Annual administration report of the Bombay Presidency - 1887-1892
Year: 1887
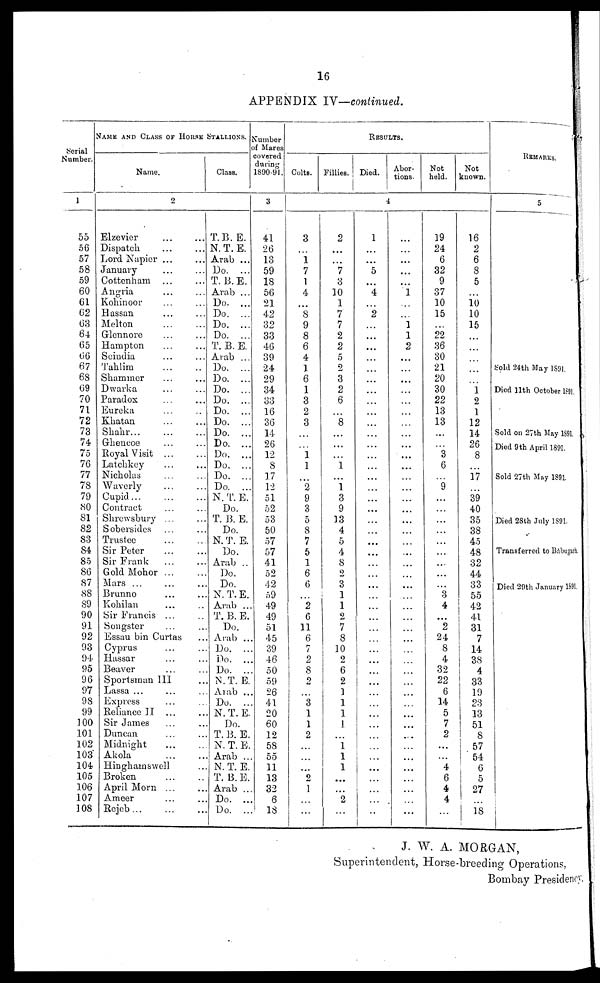
16
APPENDIX IV—continued.
Serial
Number.
1
55
56
57
58
59
60
61
62
63
64
65
66
67
68
69
70
71
72
73
74
75
76
77
78
79
80
81
82
83
84
85
86
87
88
89
90
91
92
93
94
95
96
97
98
99
100
101
102
103
104
105
106
107
108
NAME AND CLASS OF HORSE STALLIONS.
Name.
2
Elzevier ... ...
Dispatch ... ...
Lord Napier ... ...
January ... ...
Cottenham ... ...
Angria ... ...
Kohinoor ... ...
Hassan ... ...
Melton ... ...
Glennore ... ...
Hampton ... ...
Scindia ... ...
Tahlim ... ...
Shammer ... ...
Dwarka ... ...
Paradox ... ...
Eureka ... ...
Khatan ... ...
Shahr ... ... ...
Ghencoe ... ...
Royal Visit ...
Latchkey ... ...
Nicholas ... ...
Waverly ... ...
Cupid... ... ...
Contract ... ...
Shrewsbury ... ...
Sobersides ... ...
Trustee ... ...
Sir Peter ... ...
Sir Frank ... ...
Gold Mohor ... ...
Mars ... ... ...
Brunno ... ...
Kohilan ... ...
Sir Francis ...
Songster ... ...
Essau bin Curtas ... ...
Cyprus ... ...
Hassar ... ...
Beaver ... ...
Sportsman III ...
Lassa ... ... ...
Express ... ...
Reliance II ...
Sir James ... ...
Duncan ... ...
Midnight ... ...
Akola ... ...
Hinghamswell ...
Broken ... ...
April Morn ... ...
Ameer ... ...
Rejeb ... ... ...
Class.
T.B. E.
N. T. E.
Arab ...
Do. ...
T. B. E.
Arab ...
Do. ...
Do. ...
Do. ...
Do. ...
T. B. E.
Arab ...
Do. ...
Do. ...
Do. ...
Do. ...
Do. ...
Do. ...
Do. ...
Do. ...
Do. ...
Do. ...
Do. ...
Do. ...
N. T. E.
Do.
T. B. E.
Do.
N. T. E.
Do.
Arab ..
Do.
Do.
N. T. E.
Arab ...
T. B. E.
Do.
Arab ...
Do. ...
Do. ...
Do. ...
N.T. E.
Arab ...
Do. ...
N. T. E.
Do.
T. B. E.
N. T. E.
Arab ...
N. T. E.
T. B. E.
Arab ...
Do. ...
Do. ...
Number
of Mares
covered
during
1890-91.
3
41
26
13
59
18
56
21
42
32
33
46
39
24
29
34
33
16
36
14
26
12
8
17
12
51
52
53
50
57
57
41
52
42
59
49
49
51
45
39
46
50
59
26
41
20
60
12
58
55
11
13
32
6
18
RESULTS.
Colts.
3
...
1 7
1
4
...
8
9
8
6
4
1
6
1
3
2
3
...
...
1
1
...
2 9
3
5
8
7
5
1
6
6
...
2
6
11
6
7
2
8
2
...
3
1
1
2
...
...
...
2
1
...
...
Fillies.
2
...
...
7
3
10
1
7
7
2
2
5
2
3
2
6
...
8
...
...
...
1
...
1
3
9
13
4
5
4
8
2
3
1
1
2
7
8
10
2
6
2
1
1
1
1
...
1
1
1
...
...
2
...
Died.
4
1
...
...
5
...
4
...
2
...
...
...
...
...
...
...
...
...
...
...
...
...
...
...
...
...
...
...
...
...
...
...
...
...
...
...
...
...
...
...
...
...
...
...
...
...
...
...
...
...
...
...
...
...
...
Abor-
tions.
...
...
...
...
...
1
...
...
1
1
2
...
...
...
...
...
...
...
...
...
...
...
...
...
...
...
...
...
...
...
...
...
...
...
...
...
...
...
...
...
...
...
...
...
...
...
...
...
...
...
...
...
...
Not
held.
19
24
6
32
9
37
10
15
...
22
36
30
21
20
30
22
13
13
...
...
3
6
...
9
...
...
...
...
...
...
...
...
...
3
4
...
2
24
8
4
32
22
6
14
5
7
2
...
...
4
6
4
4
...
Not
known.
16
2
6
8
5
...
10
10
15
...
...
...
...
...
1
2
1
12
14
26
8
...
17
...
39
40
35
38
45
48
32
44
33
55
42
41
31
7
14
38
4
33
19
23
13
51
8
57
54
6
5
27
...
18
REMARKS.
5
Sold 24th May 1891.
Died 11th October 1891.
Sold on 27th May 1891
Died 9th April 1891.
Sold 27th May 1891.
Died 28th July 1891.
Transferred to Bábugarh
Died 29th January 1S91.
J. W. A. MORGAN,
Superintendent, Horse-breeding Operations,
Bombay Presidency.